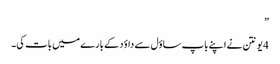
”
4 یونتن نے اپنے باپ ساؤل سے داؤد کے بارے میں بات کی۔